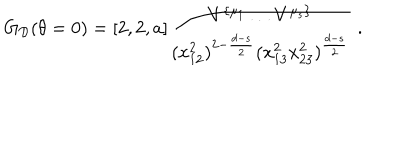
G _ { { \cal D } } ( \theta = 0 ) = [ 2 , 2 , a ] \frac { V ^ { \{ \mu _ { 1 } } \ldots V ^ { \mu _ { s } \} } } { ( x _ { 1 2 } ^ { 2 } ) ^ { 2 - \frac { d - s } { 2 } } ( x _ { 1 3 } ^ { 2 } x _ { 2 3 } ^ { 2 } ) ^ { \frac { d - s } { 2 } } } \; .